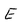
Character: E